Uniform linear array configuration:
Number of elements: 16
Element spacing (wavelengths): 0.75
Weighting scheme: blackman
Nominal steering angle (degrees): -60
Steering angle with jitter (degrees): -60.467
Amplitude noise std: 0.05
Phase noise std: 0.05

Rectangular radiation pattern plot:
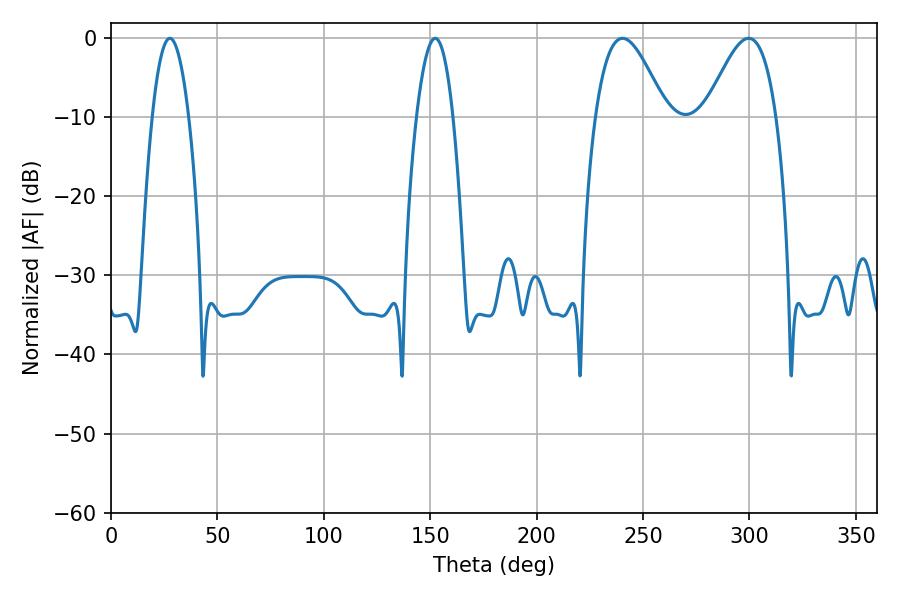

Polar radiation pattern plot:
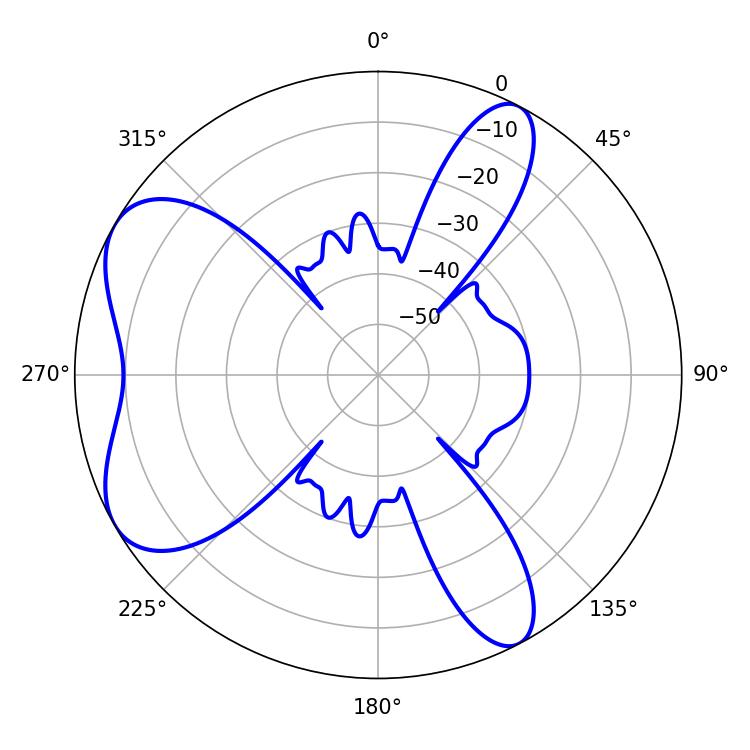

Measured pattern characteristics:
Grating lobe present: TRUE
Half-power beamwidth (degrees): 17.82
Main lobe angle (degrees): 240.3